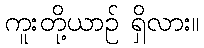
ကူးတို့ယာဉ် ရှိလား။